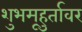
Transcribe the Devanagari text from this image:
शुभमूहुर्तावर